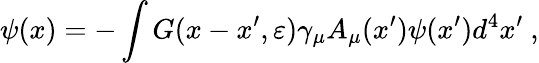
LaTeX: \psi(x)=-\int G(x-x^{\prime},\varepsilon)\gamma_{\mu}A_{\mu}(x^{\prime})\psi(x^{\prime})d^{4}x^{\prime}~,